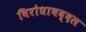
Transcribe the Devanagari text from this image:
विरोधाबद्दल